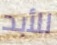
للأبد